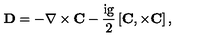
\bf D = - \nabla \times C - \mathrm { \frac { i g } { 2 } } \left[ C , \times C \right] ,